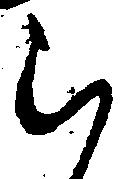
ら